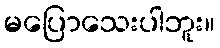
မပြောသေးပါဘူး။